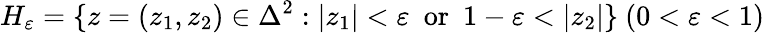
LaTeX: H_{\varepsilon}=\{ z=(z_{1},z_{2})\in\Delta^{2}:|z_{1}|<\varepsilon\ {\mathrm{~or~}}\ 1-\varepsilon<|z_{2}|\} \ (0<\varepsilon<1)